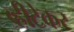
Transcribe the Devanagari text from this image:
व्हीटेकर